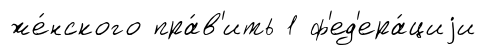
же́нского пра́в'ить 1 ф'ед'ера́циjи